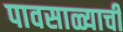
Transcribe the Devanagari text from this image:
पावसाळ्याची